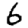
Digit: 6